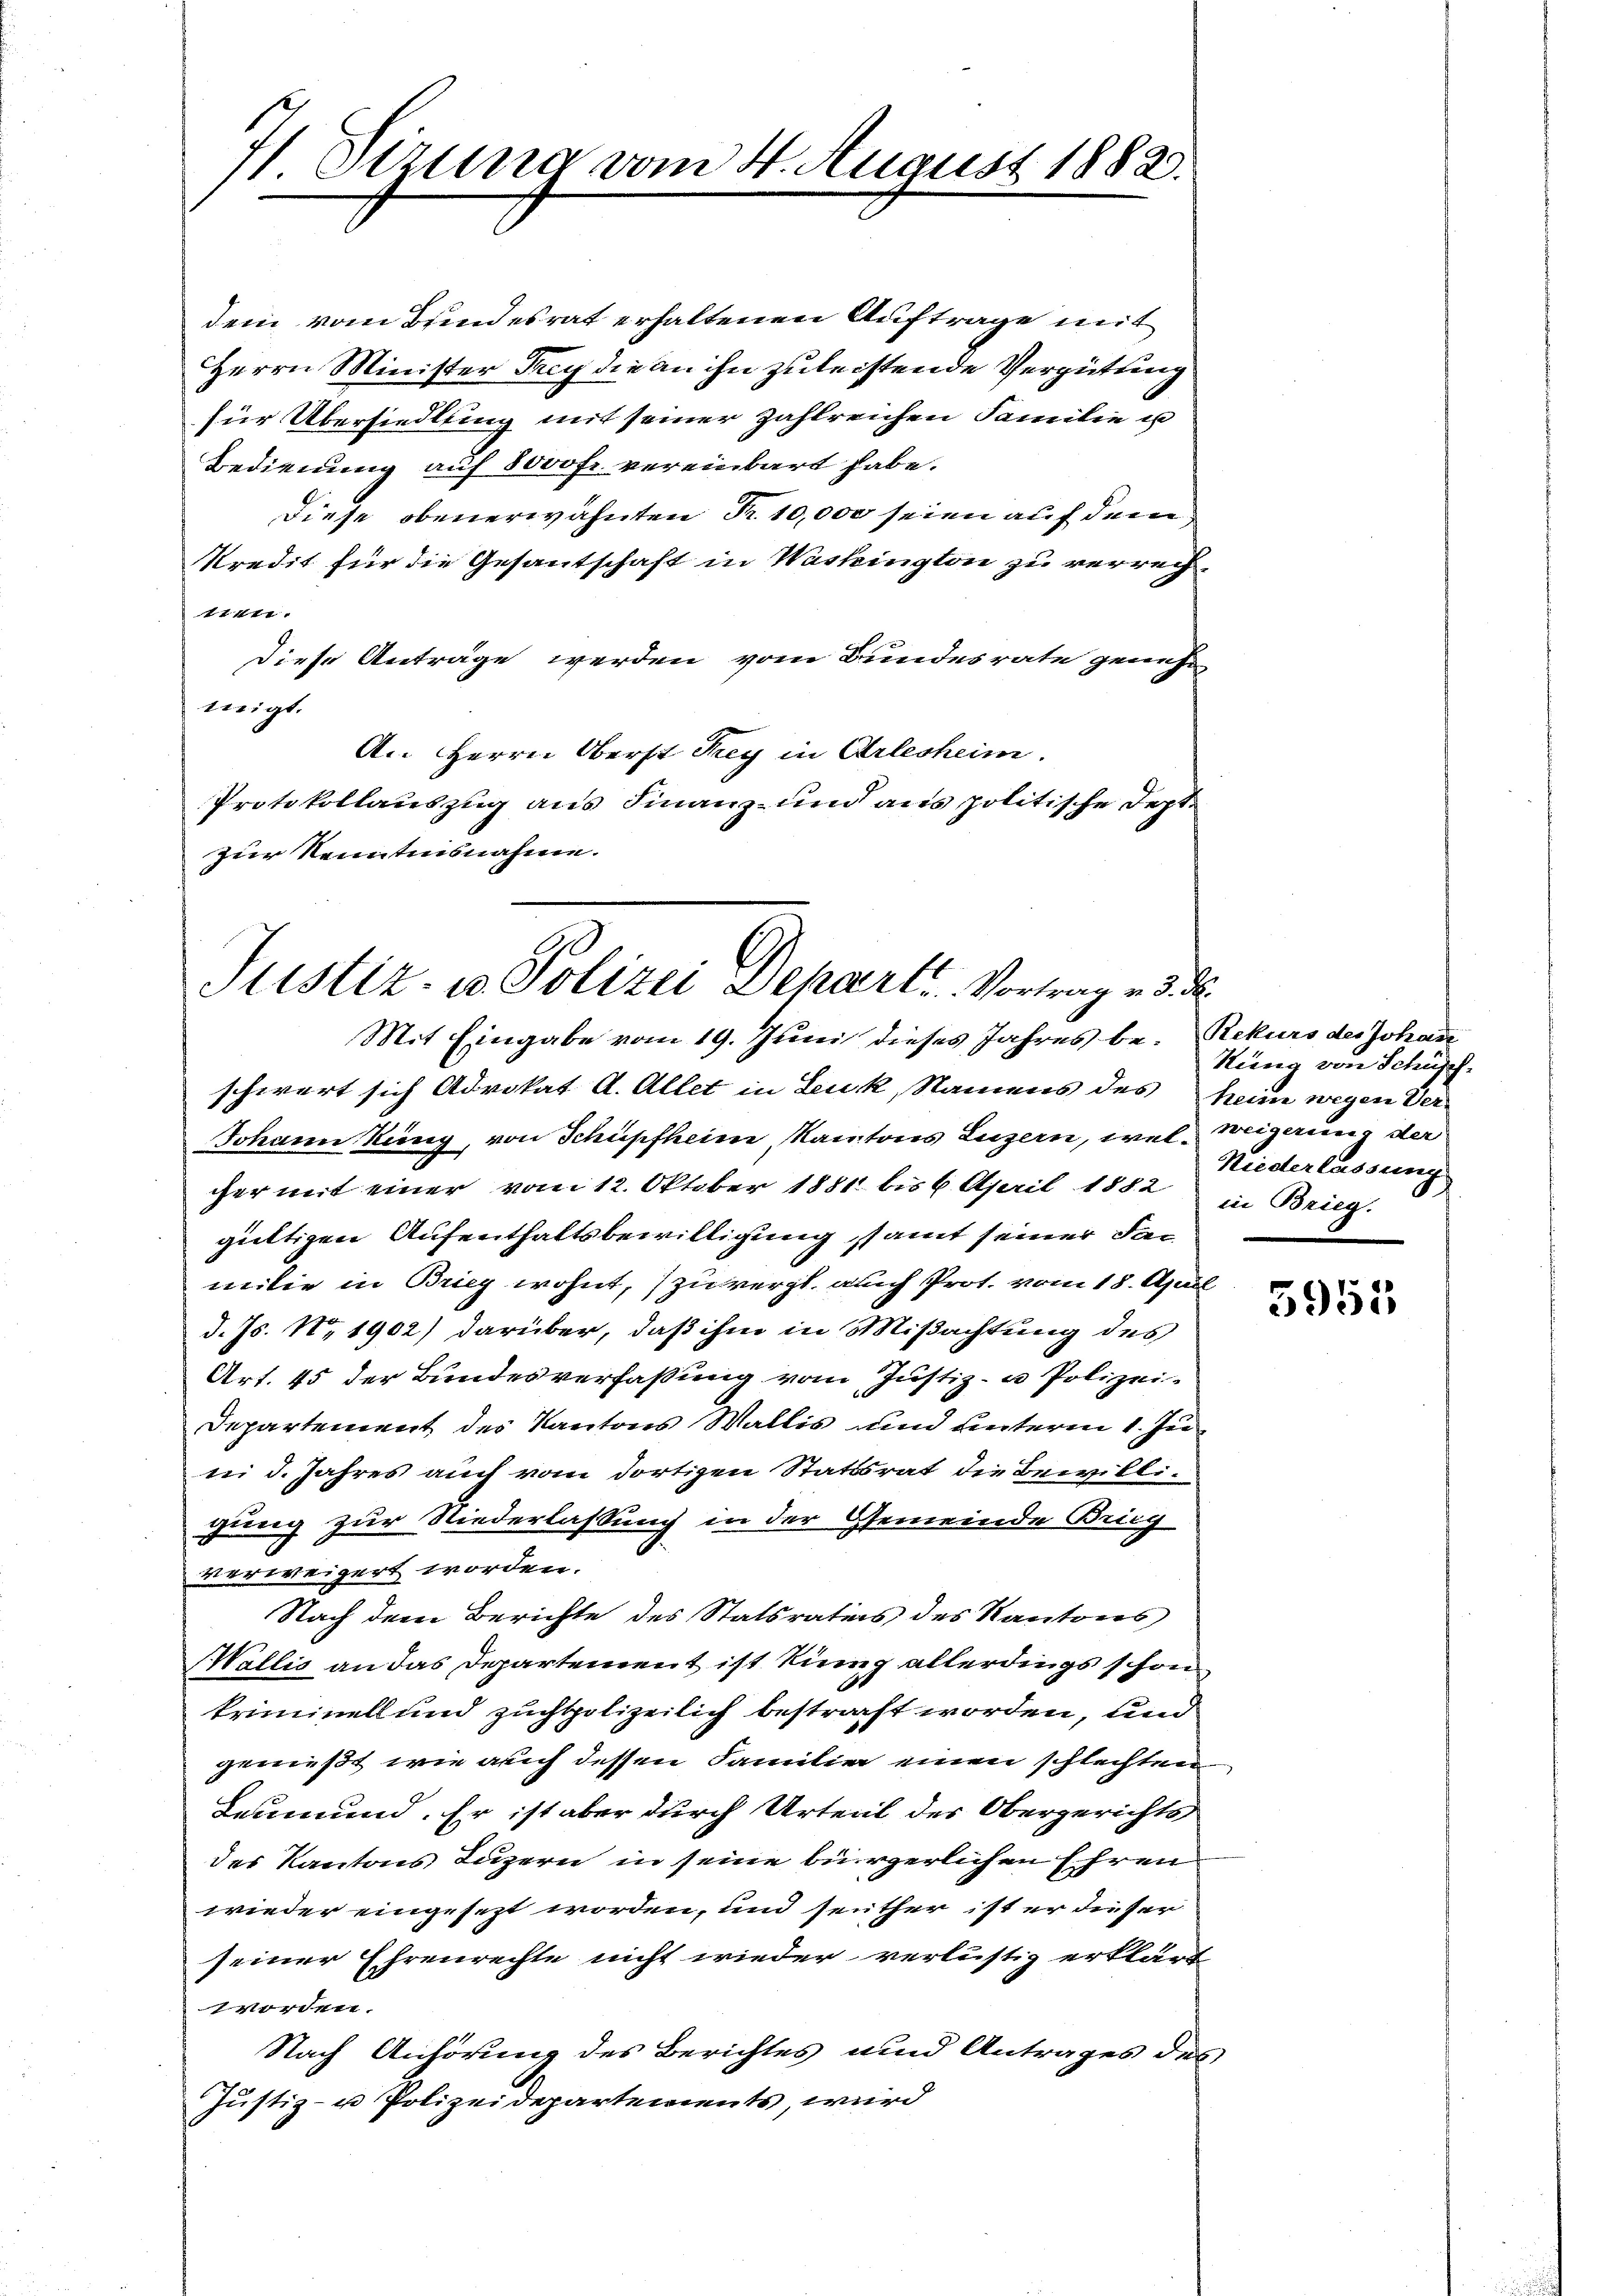
4 Dezung vom 4. August 1882.

dem vom Bundesrat erhaltenen Auftrage mit
Herrn Minister Frey die an ihn zu leistende Vergütung
für Übersiedlung mit seiner zahlreichen Familie u
Bedienung auf 8000 fr. vereinbart habe.
Diese obenerwähnten Nr. 10,000 seien auf dem
Kredit für die Gesantschaft in Washington zu verrechttft
Diese Anträge werden vom Bundesrate geneh-
migt.
An Herrn Oberst Frey in Arlesheim.
Protokollauszug aus Finanz- und aus politische Septe
zur Kenntensnahme.

Justiz- u Polizei Departi. Vortrag es d
Mit Eingabe vom 19. Juni dieses Jahres be- Rekurs des Johann

schwert sich Advokat A. Allet in Luk, Namens des heim wegen Ver-
Johann Küng, von Schüpfheim, Kantons Luzern, wel Weigerung der
cher mit einer vom 12. Oktober 1881 bis 6. April 1882 in Brieg.
gültigen Aufenthaltsbewilligung samt seiner Familie in Brieg wohnt, zu vergl. auch Prot. vom 18. April
d. Js. No 1902) darüber, daß ihm in Mißachtung des
Art. 45 der Bundesverfaßung vom Justiz- u Polizei-
Departement des Kantons Wallis und unterm 1. Juni d. Jahres auch vom dortigen Stattsrat die Bewilligung zur Niederlassung in der Gemeinde Brieg
verweigert worden.
Nach dem Berichte des Statsratis des Kantons
Wallis an das Departement ist kinng allerdings schon
kriminell und zuchtpolizeilich bestraft worden, und
genießt, wie auch dessen Familie einen schlechten
Leumund. Er ist aber durch Urteil des Obergerichts
des Kantons Luzern in seine bürgerlichen Ehren
wieder eingesezt worden, und seither ist er dieser
seiner Ehrenrechte nicht wieder verlustig erklärt
worden.
Nach Anhörung des Berichtes und Antrages des
Justiz- u Polizeidepartements, wird

Nung von Schüpf
Niederlassung

5955